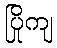
ပြိုကျ